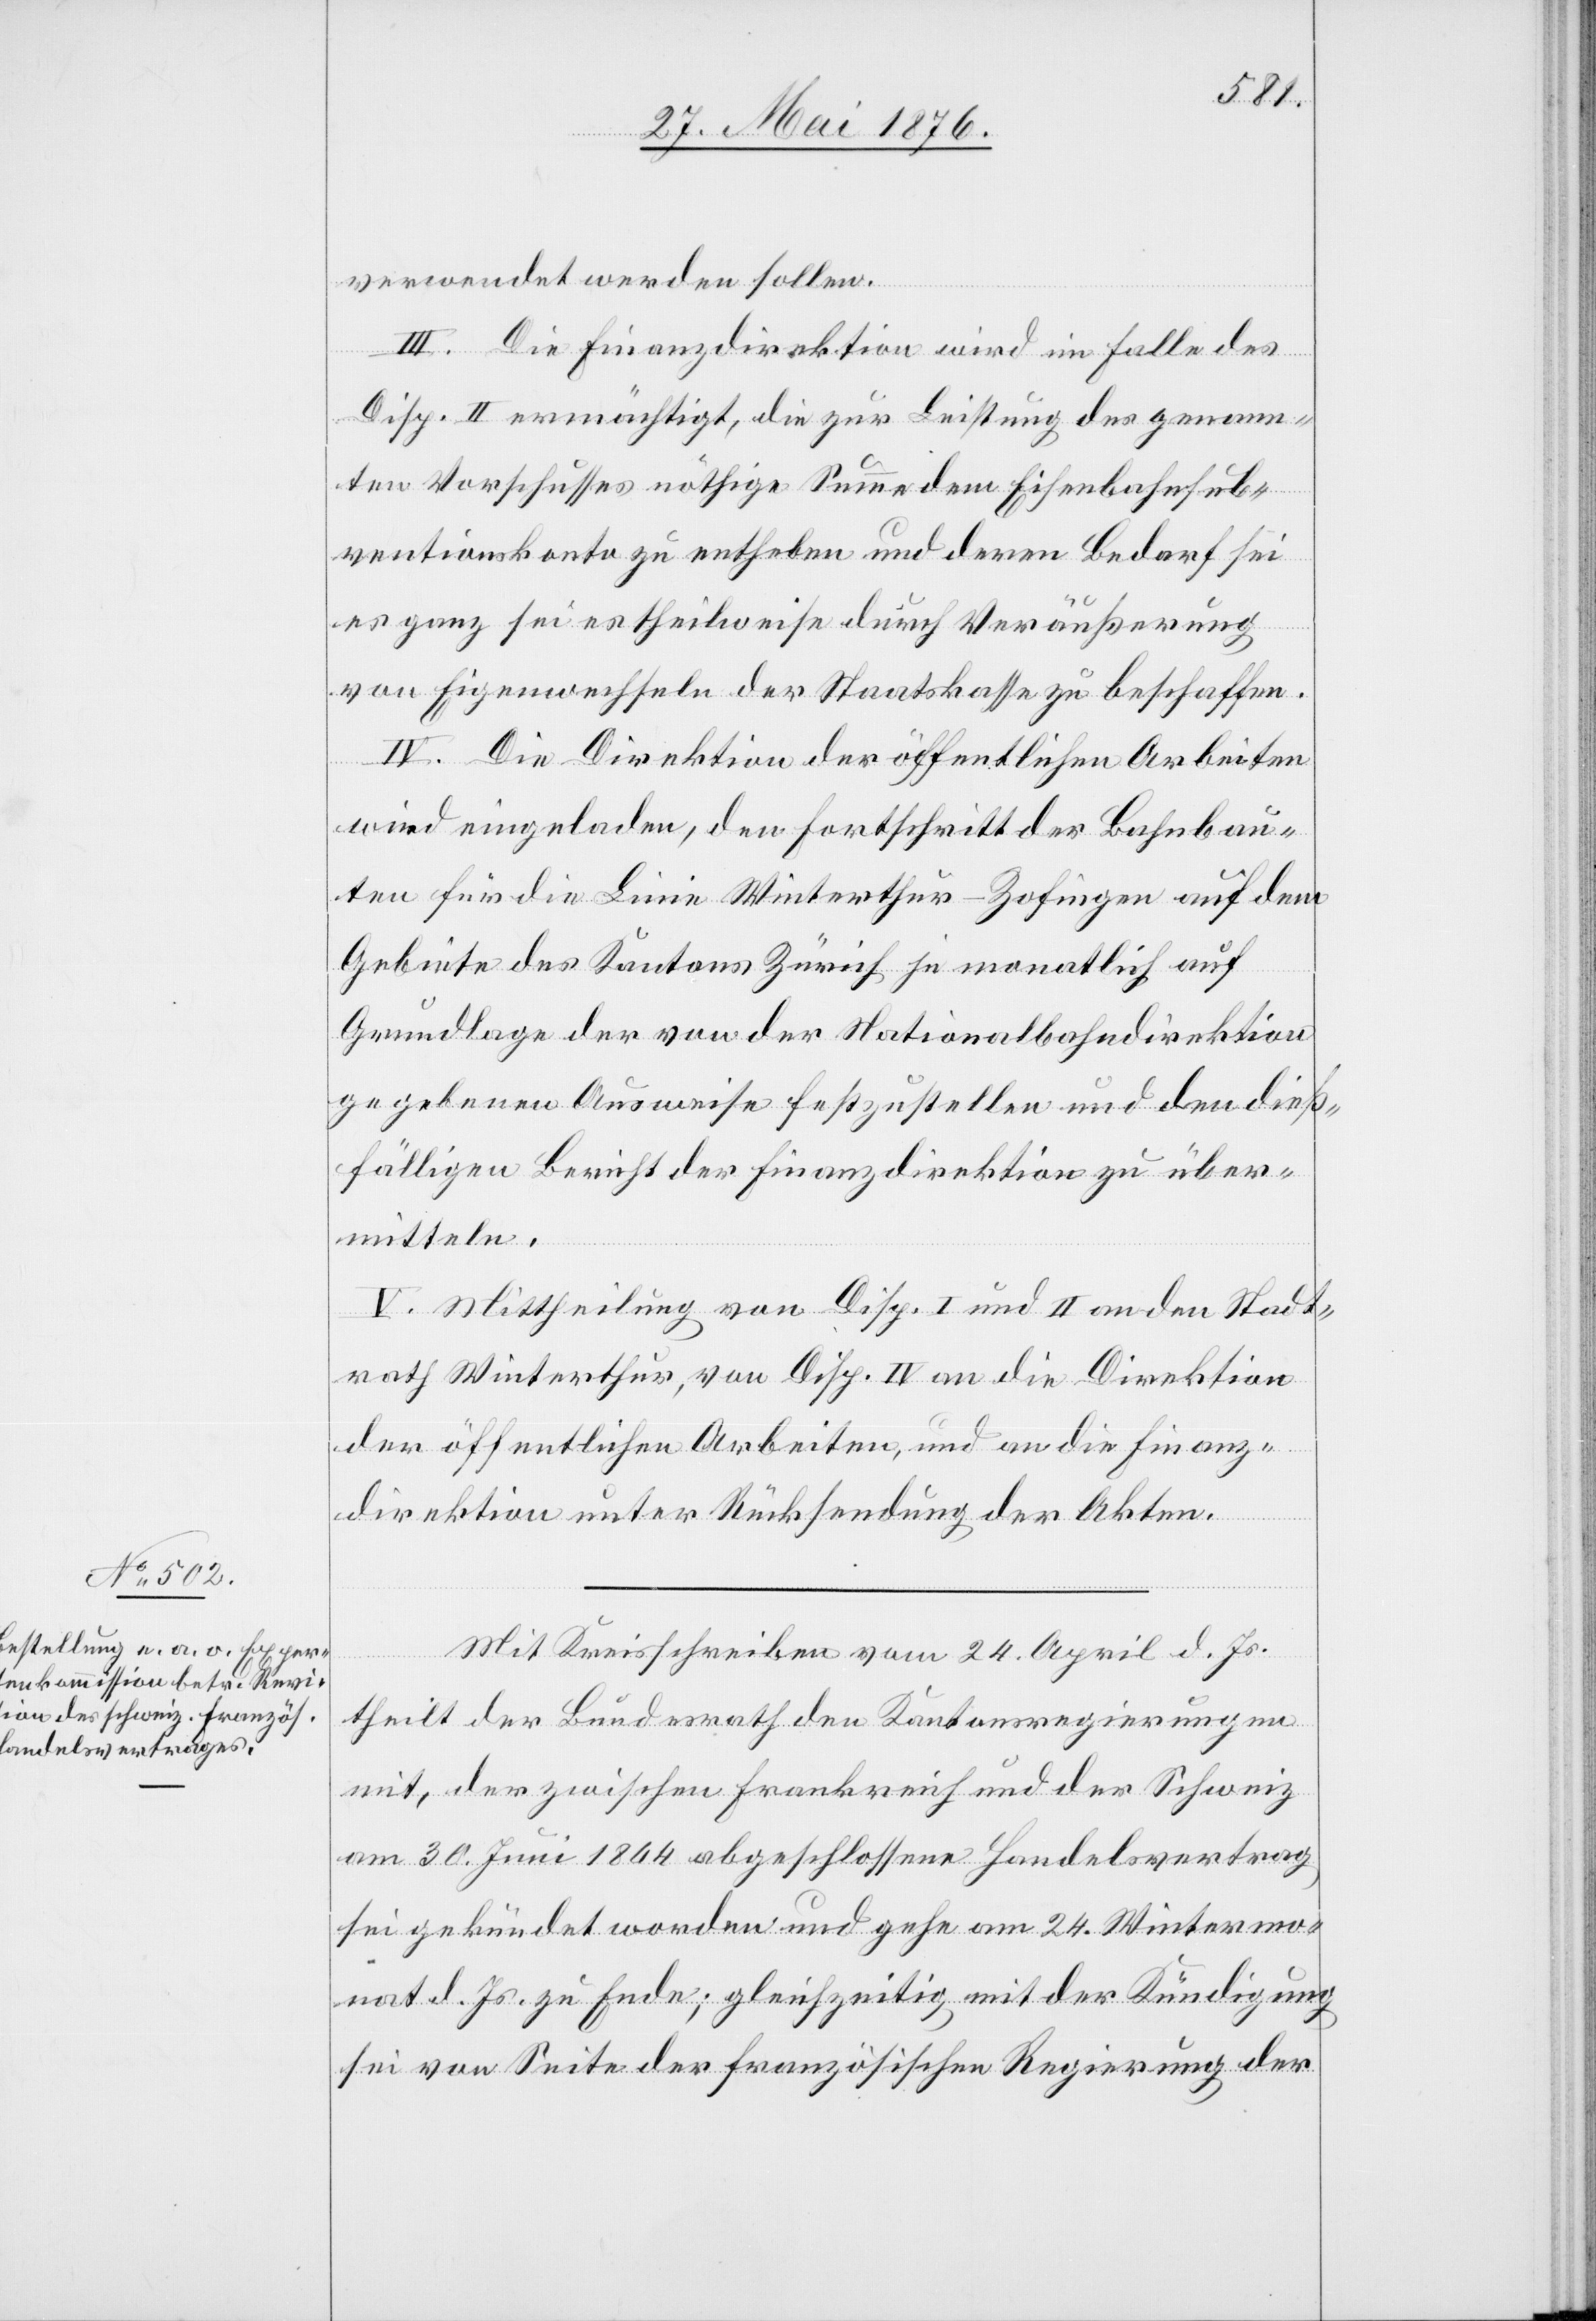
verwendet werden sollen.
III. Die Finanzdirektion wird im Falle des
Disp. II ermächtigt, die zur Leistung des genann¬
ten Vorschusses nöthige Summe dem Eisenbahnsub¬
ventionskonto zu entheben und deren Bedarf sei
es ganz sei es theilweise durch Veräußerung
von Eigenwechseln der Staatskasse zu beschaffen.
IV. Die Direktion der öffentlichen Arbeiten
wird eingeladen, den Fortschritt der Bahnbau¬
ten für die Linie Winterthur–Zofingen auf dem
Gebiete des Kantons Zürich je monatlich auf
Grundlage der von der Nationalbahndirektion
gegebenen Ausweise festzustellen und den dieß¬
fälligen Bericht der Finanzdirektion zu über¬
mitteln.
V. Mittheilung von Disp. I. und II. an den Stadt¬
rath Winterthur, von Disp. IV an die Direktion
der öffentlichen Arbeiten, und an die Finanz¬
direktion unter Rücksendung der Akten.
Mit Kreisschreiben vom 24. April d. Js.
theilt der Bundesrath den Kantonsregierungen
mit, der zwischen Frankreich und der Schweiz
am 30. Juni 1864 abgeschlossene Handelsvertrag
sei gekündet worden und gehe am 24. Wintermo¬
nat d. Js. zu Ende; gleichzeitig mit der Kündigung
sei von Seite der französischen Regierung der